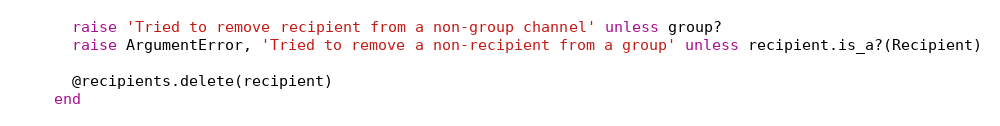
Language: Ruby
      raise 'Tried to remove recipient from a non-group channel' unless group?
      raise ArgumentError, 'Tried to remove a non-recipient from a group' unless recipient.is_a?(Recipient)

      @recipients.delete(recipient)
    end